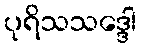
ပုရိသသဒ္ဒေါ